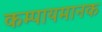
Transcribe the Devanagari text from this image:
कम्पायमानक